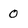
Character: 0